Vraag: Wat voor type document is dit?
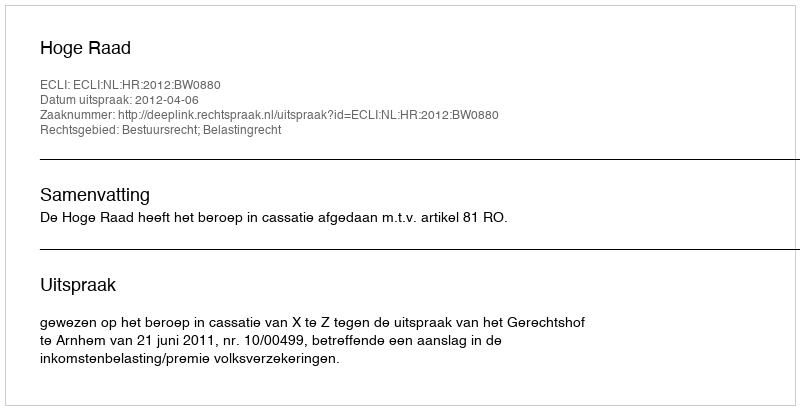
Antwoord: Uitspraak